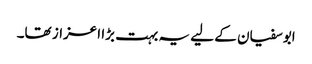
ابوسفیان کے لیے یہ بہت بڑا اعزاز تھا۔